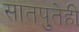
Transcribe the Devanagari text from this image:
सातपुतेही